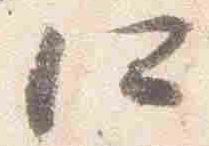
仁